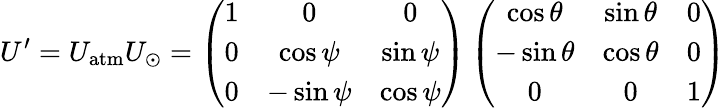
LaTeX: U^{\prime}=U_{\mathrm{atm}}U_{\odot}=\left(\begin{array}{ccc}{{1}}&{{0}}&{{0}}\\ {{0}}&{{\cos\psi}}&{{\sin\psi}}\\ {{0}}&{{-\sin\psi}}&{{\cos\psi}}\end{array}\right)\left(\begin{array}{ccc}{{\cos\theta}}&{{\sin\theta}}&{{0}}\\ {{-\sin\theta}}&{{\cos\theta}}&{{0}}\\ {{0}}&{{0}}&{{1}}\end{array}\right)